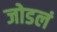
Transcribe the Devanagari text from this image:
जोडलं